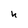
Character: u